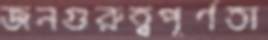
জনগুরুত্বপূর্ণতা